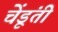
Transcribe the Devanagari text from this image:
चेंडूंती